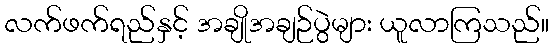
လက်ဖက်ရည်နှင့် အချိုအချဉ်ပွဲများ ယူလာကြသည်။